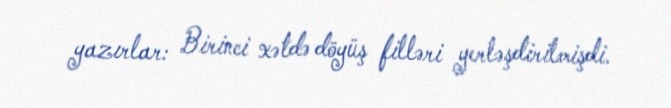
yazırlar: Birinci xətdə döyüş filləri yerləşdirilmişdi.